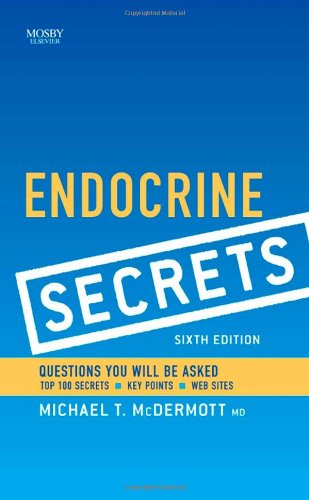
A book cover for Endocrine Secrets, 6e; Michael T. McDermott MD; Medical Books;